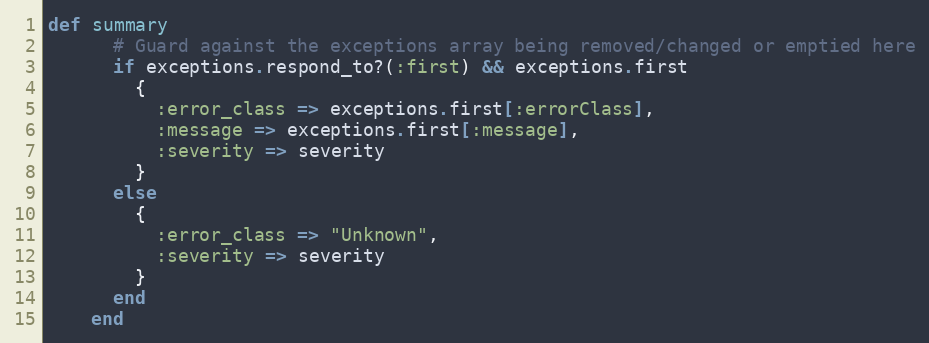
Language: Ruby
def summary
      # Guard against the exceptions array being removed/changed or emptied here
      if exceptions.respond_to?(:first) && exceptions.first
        {
          :error_class => exceptions.first[:errorClass],
          :message => exceptions.first[:message],
          :severity => severity
        }
      else
        {
          :error_class => "Unknown",
          :severity => severity
        }
      end
    end